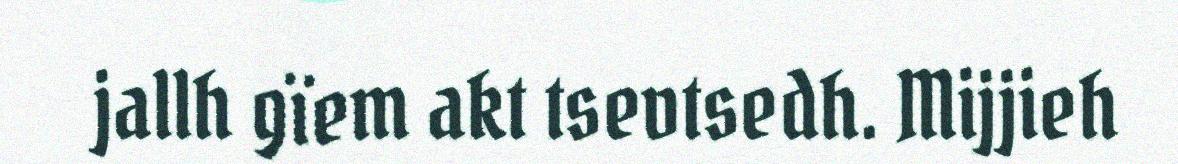
jallh gïem akt tsevtsedh. Mijjieh